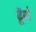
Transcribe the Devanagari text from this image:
ढॅूढो